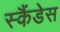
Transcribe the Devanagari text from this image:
स्कैंडेस